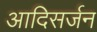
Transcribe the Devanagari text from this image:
आदिसर्जन